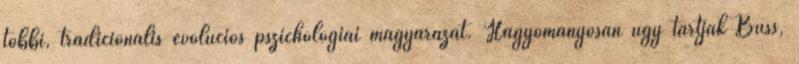
többi, tradicionális evolúciós pszichológiai magyarázat. Hagyományosan úgy tartják Buss,